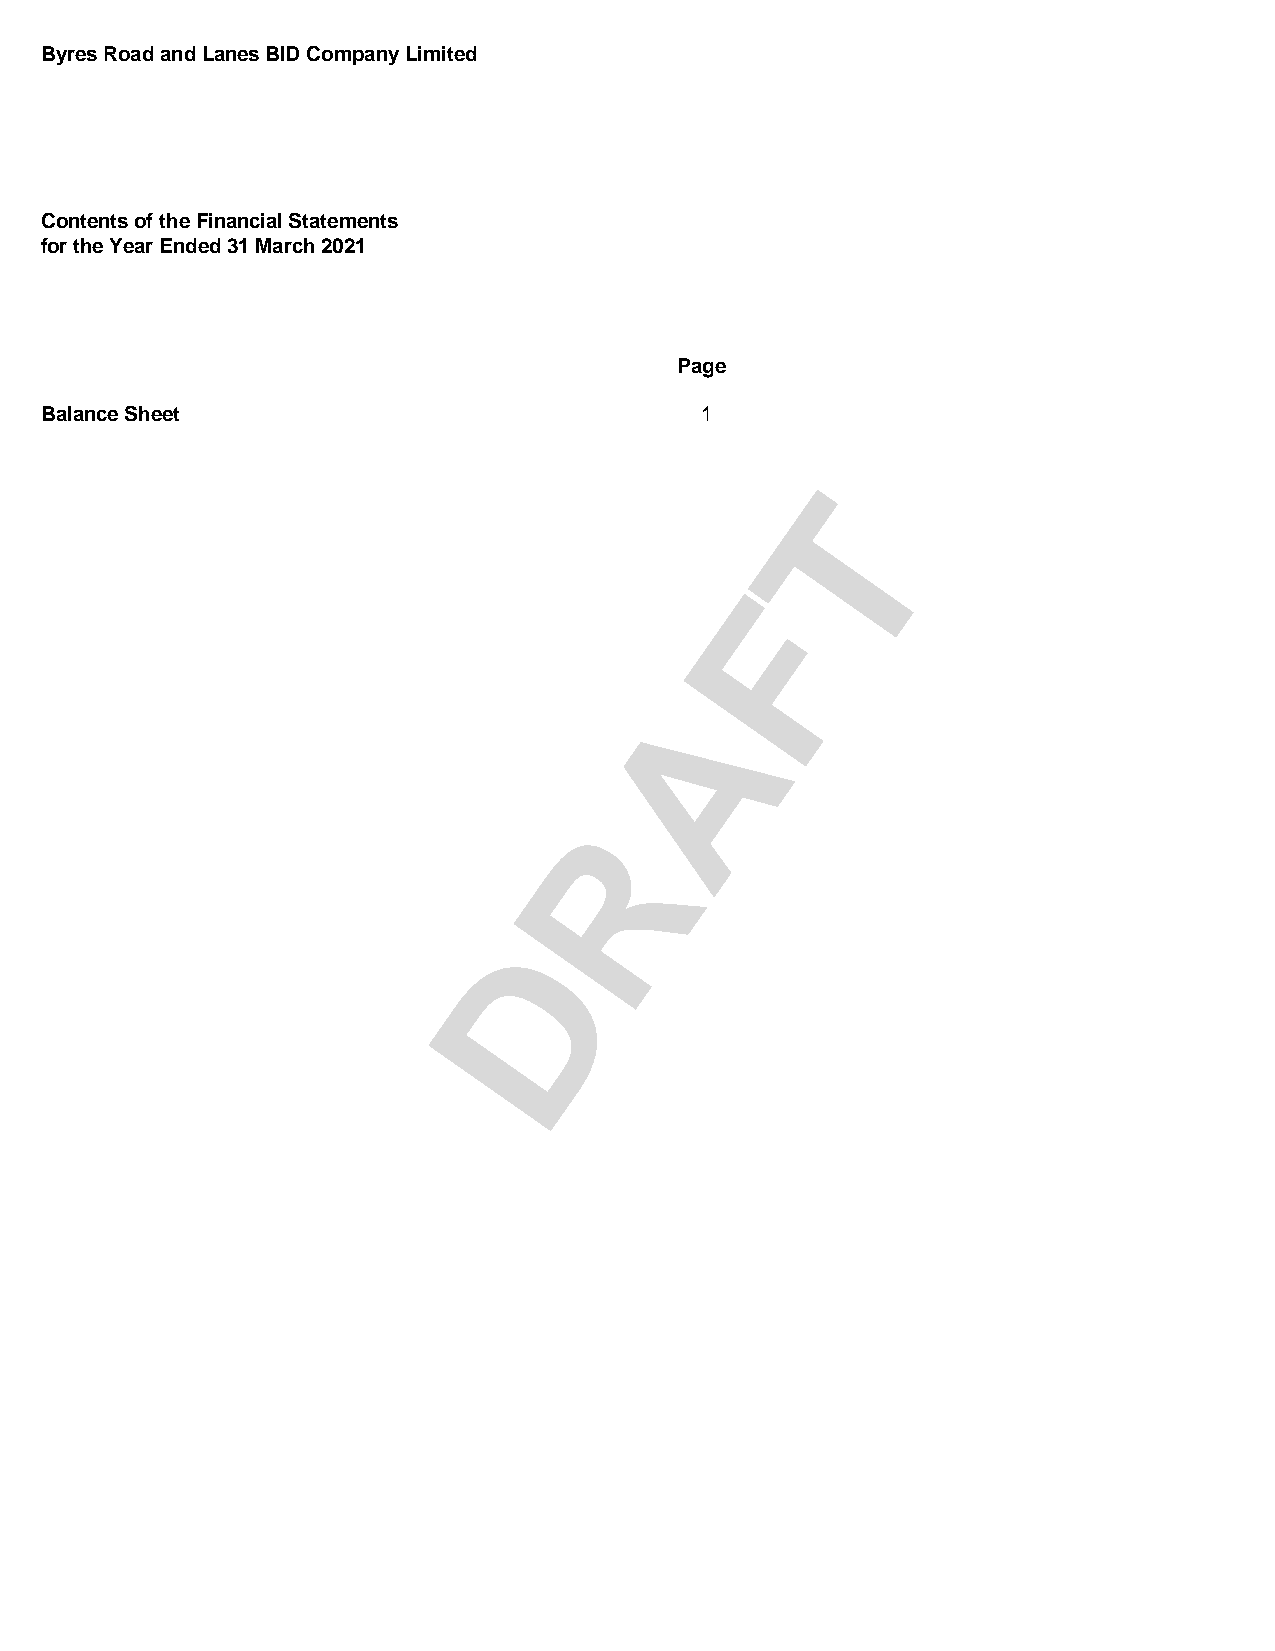
Byres Road and Lanes BID Company Limited
 Contents of the Financial Statements
 for the Year Ended 31 March 2021
 Page
 Balance Sheet                              1
 T
 F
 A
 R
 D